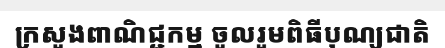
ក្រសួងពាណិជ្ជកម្ម ចូលរួមពិធីបុណ្យជាតិ